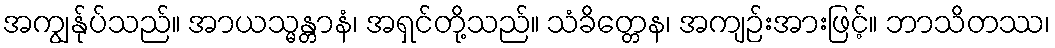
အကျွန်ုပ်သည်။ အာယသ္မန္တာနံ၊ အရှင်တို့သည်။ သံခိတ္တေန၊ အကျဉ်းအားဖြင့်။ ဘာသိတဿ၊